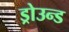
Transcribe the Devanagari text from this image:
ड्रोउन्ड